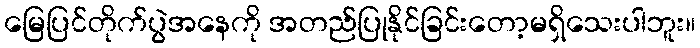
မြေပြင်တိုက်ပွဲအနေကို အတည်ပြုနိုင်ခြင်းတော့မရှိသေးပါဘူး။